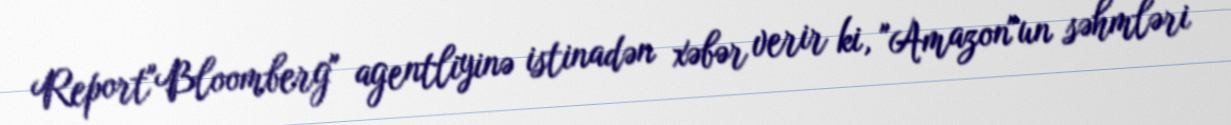
Report"Bloomberg" agentliyinə istinadən xəbər verir ki, "Amazon"un səhmləri